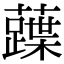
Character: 𧀢